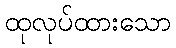
ထုလုပ်ထားသော